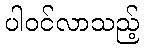
ပါဝင်လာသည့်